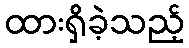
ထားရှိခဲ့သည့်